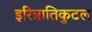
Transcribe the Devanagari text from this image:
इरिन्नातिकुटल